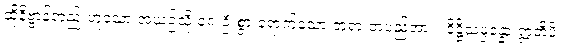
ထိုနိဗ္ဗာန်တည်းဟူသော အယဉ်သို့ ရှေးဦးစွာ ရောက်သော ဘုရားတပည့်အား။ ဒိဋ္ဌိသမ္ပန္နော ဣတိပိ၊